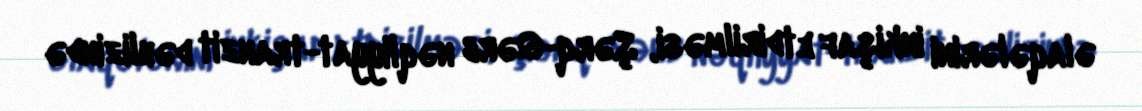
əlaqələrini inkişaf etdirilməsi, Şərq-Qərb nəqliyyat-tranzit dəhlizində